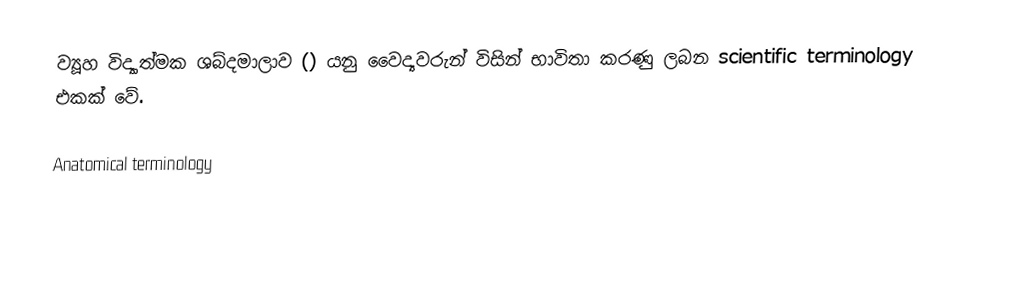
ව්‍යූහ විද්‍යාත්මක ශබ්දමාලාව () යනු වෛද්‍යවරුන් විසින් භාවිතා කරණු ලබන scientific terminology එකක් වේ.

Anatomical terminology